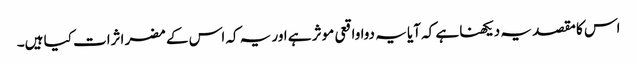
اس کا مقصد یہ دیکھنا ہے کہ آیا یہ دوا واقعی موثر ہے اور یہ کہ اس کے مضر اثرات کیا ہیں۔